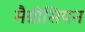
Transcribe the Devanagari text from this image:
मैग्नीसियन